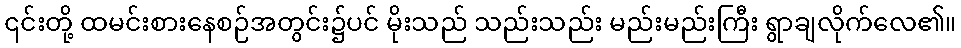
၎င်းတို့ ထမင်းစားနေစဉ်အတွင်း၌ပင် မိုးသည် သည်းသည်း မည်းမည်းကြီး ရွာချလိုက်လေ၏။